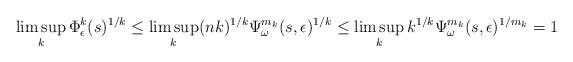
LaTeX: \begin{align*}\limsup_{k}{\Phi}^{k}_{\epsilon}(s)^{1/k}\leq \limsup_{k}(nk)^{1/k}{\Psi}_{\omega}^{m_{k}}(s,\epsilon)^{1/k}\leq\limsup_{k} k^{1/k}{\Psi}_{\omega}^{m_{k}}(s,\epsilon)^{1/m_{k}}=1\end{align*}